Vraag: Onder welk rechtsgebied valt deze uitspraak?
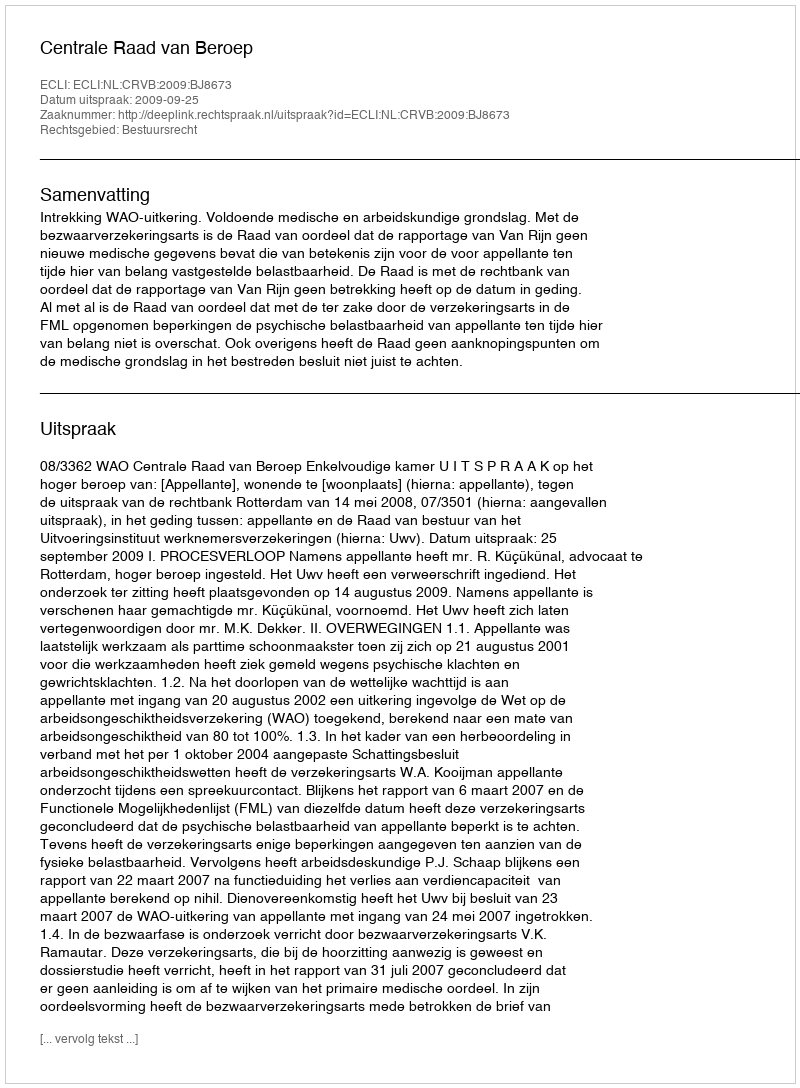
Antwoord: Bestuursrecht